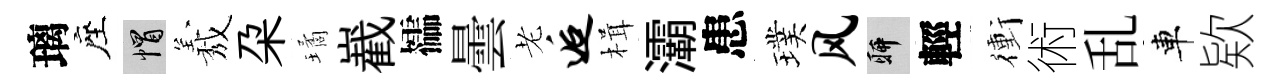
璃座帽𦏁朶璚嶻櫺曇老逅楫灞患璞风聊輕衝術乱車欵